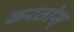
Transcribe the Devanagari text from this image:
करतोस्